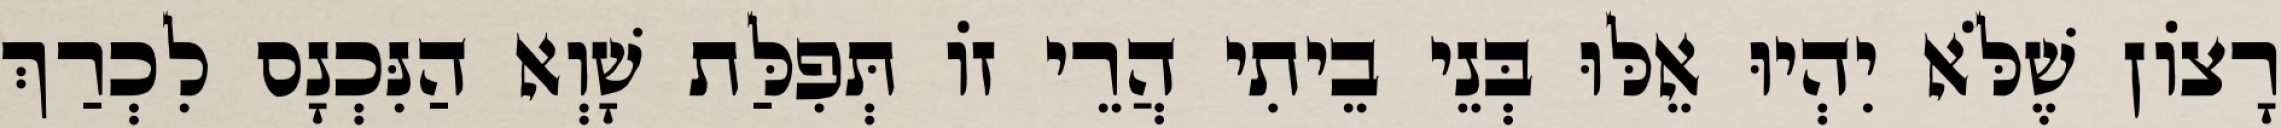
רָצוֹן שֶׁלֹּא יִהְיוּ אֵלּוּ בְּנֵי בֵיתִי הֲרֵי זוֹ תְּפִלַּת שָׁוְא הַנִּכְנָס לִכְרַךְ